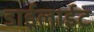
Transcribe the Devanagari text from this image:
डाईलाईट